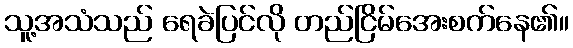
သူ့အသံသည် ရေခဲပြင်လို တည်ငြိမ်အေးစက်နေ၏။